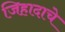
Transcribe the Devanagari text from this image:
जिहादाचे